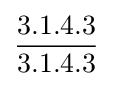
{\frac {3.1.4.3}{3.1.4.3}}